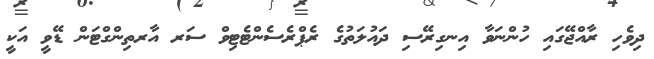
ދިވެހި ރާއްޖޭގައި ހުންނަވާ އިނގިރޭސި ދައުލަތުގެ ރެޕްރެސެންޓެޓިވް ސަރ އާރތިންގްޓަން ޑޭވީ އަކީ